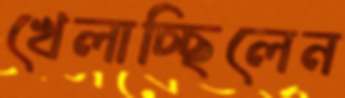
খেলাচ্ছিলেন